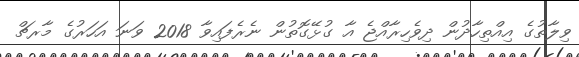
ވިލާތުގެ އިއްތިހާދުން ދިވެހިރާއްޖެ އާ ގުޅޭގޮތުން ނެރެފައިވާ 2018 ވަނަ އަހަރުގެ މާރޗް